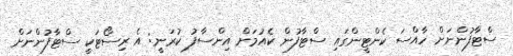
ސްޓާފުންނަށް ހާއްސަ ކެންޓީންގައި ސްޓާފުން ކެއުމަށް އިންސާފު ކުރަނީ: އެ ރިސޯޓަކީ ސްޓާފުންނަށް